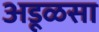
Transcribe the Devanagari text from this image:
अडूळसा